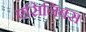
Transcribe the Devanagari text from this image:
एसिनिबस